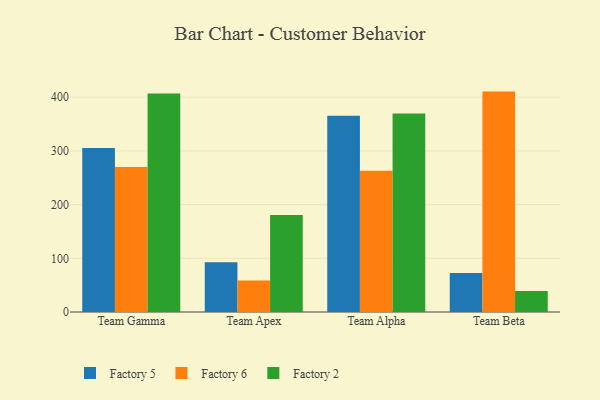
{"axis": {"x": "Team", "y": "Latency (ms)"}, "legend": ["Factory 2", "Factory 5", "Factory 6"], "data": [{"x": "Team Gamma", "y": 305.4, "type": "Factory 5"}, {"x": "Team Gamma", "y": 269.9, "type": "Factory 6"}, {"x": "Team Gamma", "y": 407.0, "type": "Factory 2"}, {"x": "Team Apex", "y": 92.5, "type": "Factory 5"}, {"x": "Team Apex", "y": 58.6, "type": "Factory 6"}, {"x": "Team Apex", "y": 180.8, "type": "Factory 2"}, {"x": "Team Alpha", "y": 365.2, "type": "Factory 5"}, {"x": "Team Alpha", "y": 262.8, "type": "Factory 6"}, {"x": "Team Alpha", "y": 369.6, "type": "Factory 2"}, {"x": "Team Beta", "y": 72.4, "type": "Factory 5"}, {"x": "Team Beta", "y": 410.4, "type": "Factory 6"}, {"x": "Team Beta", "y": 39.2, "type": "Factory 2"}]}